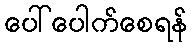
ပေါ်ပေါက်စေရန်